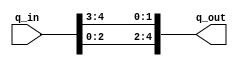
//module circ_left_double(input:[4:0]q_in, [4:0]q_out); 

module circ_left_double(
	input		[4:0]q_in, 
	output	[4:0]q_out); 
	
	
	assign q_out = {q_in[2:0], q_in[4:3]}; 
	
endmodule